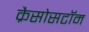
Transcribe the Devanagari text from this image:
क्रैसोसटॉम